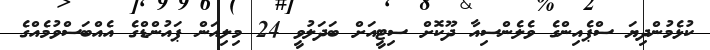
ކުޅެމުންދިޔަ ސްޕެއިންގެ ވެލެންސިއާ ދޫކޮށް ސިޓީއަށް ބަދަލުވީ 24 މިލިއަން ޕައުންޑްގެ އެއްބަސްވުމެއްގެ